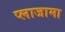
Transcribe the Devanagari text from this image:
प्लाजामा